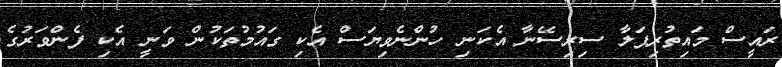
ރައީސް މައިތުރިޕަލާ ސިރިސޭނާ އެކަނި ހުންނެވިޔަސް އެކި ގައުމުތަކުން ވަނީ އެކި ފެންވަރުގެ